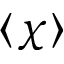
\langle \chi \rangle